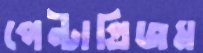
পেন্টাপ্রিজম